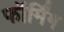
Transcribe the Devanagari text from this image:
फॉर्मिंग